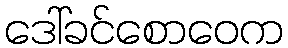
ဒေါ်ခင်စောဝေက